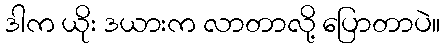
ဒါက ယိုး ဒယားက လာတာလို့ ပြောတာပဲ။